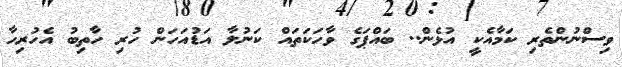
ވިސްނުންތެރި ކަމާއެކީ އުޅެން.. ބައްޕަގެ ވާހަކަތައް ކަނުލާ އަޑުއަހަން ހުރި ހާތިބު އެހުރިހާ